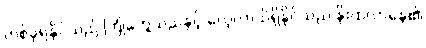
တစ်ခုရနိုင်သည် ကြုံတွေ့သည်နှင့် လေ့လာသိရှိနိုင်သည် နိုးထလာနေ၏